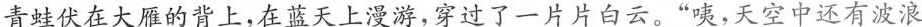
青蛙伏在大雁的背上，在蓝天上漫游，穿过了一片片白云。“咦，天空中还有波浪